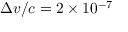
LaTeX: \Delta v / c = 2 \times 1 0 ^ { - 7 }